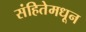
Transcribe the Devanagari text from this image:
संहितेमधून